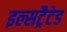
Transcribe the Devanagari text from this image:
इल्सट्रैटेड